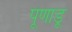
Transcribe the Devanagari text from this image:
पूणाडू